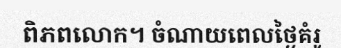
ពិភពលោក។ ចំណាយពេលថ្ងៃគំរូ